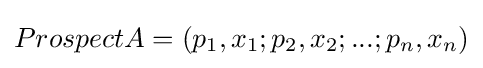
ProspectA=(p_{1},x_{1};p_{2},x_{2};...;p_{n},x_{n})